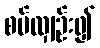
စပ်လျှဉ်း၍